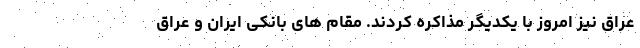
عراق نیز امروز با یکدیگر مذاکره کردند. مقام های بانکی ایران و عراق